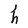
Character: h